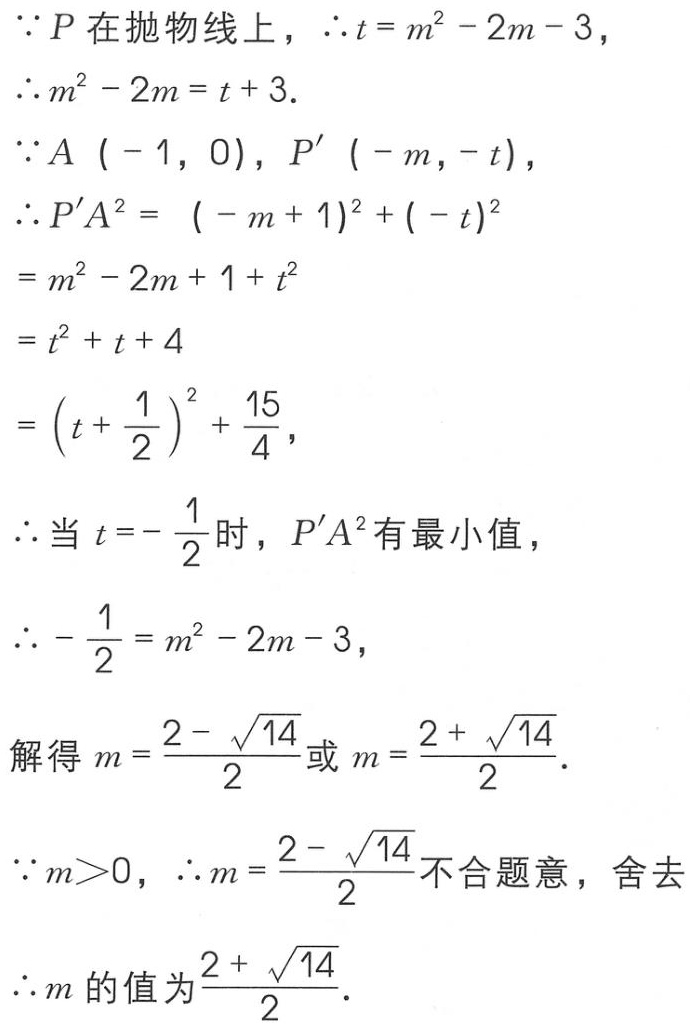
\(\because P\text{ 在抛物线上，}\therefore t = m^{2}-2m - 3\)，
\(\therefore m^{2}-2m=t + 3\).
\(\because A(-1,0),P'(-m,-t)\)，
\(\therefore P'A^{2}=(-m + 1)^{2}+(-t)^{2}\)
\(=m^{2}-2m + 1+t^{2}\)
\(=t^{2}+t + 4\)
\(=(t+\frac{1}{2})^{2}+\frac{15}{4}\)，
\(\therefore\text{ 当 }t=-\frac{1}{2}\text{ 时，}P'A^{2}\text{ 有最小值}\)，
\(\therefore-\frac{1}{2}=m^{2}-2m - 3\)，
\(\text{解得 }m=\frac{2-\sqrt{14}}{2}\text{ 或 }m=\frac{2+\sqrt{14}}{2}\).
\(\because m>0,\therefore m=\frac{2-\sqrt{14}}{2}\text{ 不合题意，舍去}\)
\(\therefore m\text{ 的值为}\frac{2+\sqrt{14}}{2}\).